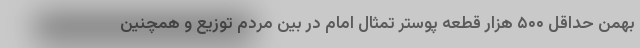
بهمن حداقل ۵۰۰ هزار قطعه پوستر تمثال امام در بین مردم توزیع و همچنین